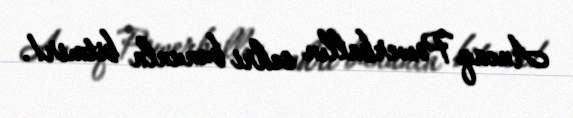
Ancaq Powerballın sehri bununla bitmir!.